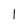
Character: 1